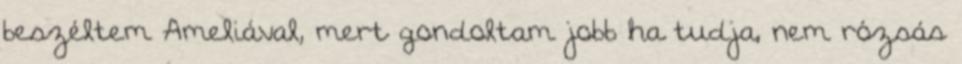
beszéltem Ameliával, mert gondoltam jobb ha tudja, nem rózsás